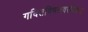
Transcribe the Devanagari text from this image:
गदितविमलवरविरुद